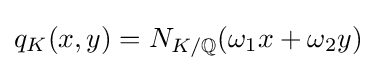
q_{K}(x,y)=N_{K/\mathbb {Q} }(\omega _{1}x+\omega _{2}y)